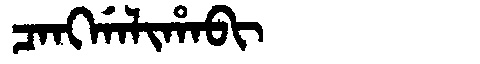
Manchu: ᠴᠠᠩᡤᠠᠯᡳᡥᠠᠪᡳ
Romanization: CANGGALIHABI